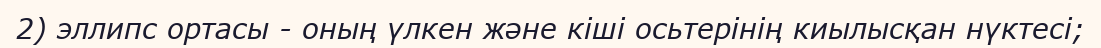
2) эллипс ортасы - оның үлкен және кіші осьтерінің киылысқан нүктесі;